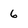
Character: 6